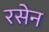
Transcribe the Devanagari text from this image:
रसेन